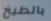
بالطبخ